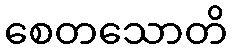
စေတသောတိ